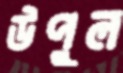
উপুল